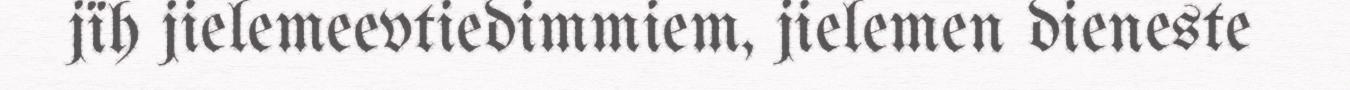
jïh jielemeevtiedimmiem, jielemen dieneste